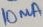
Text: 10mA